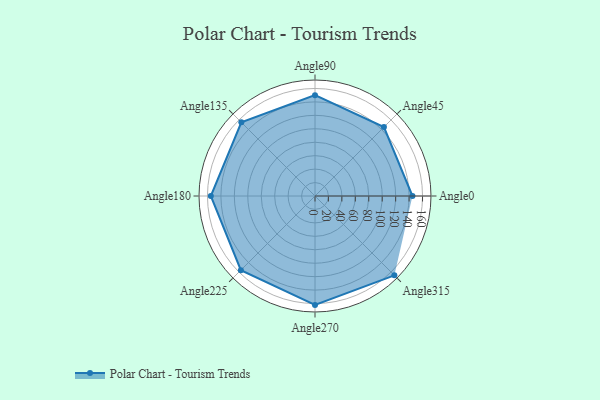
{"axis": {"x": "Angle", "y": "Radius"}, "legend": [""], "data": [{"x": "Angle0", "y": 145.0, "type": ""}, {"x": "Angle45", "y": 145.0, "type": ""}, {"x": "Angle90", "y": 150.0, "type": ""}, {"x": "Angle135", "y": 155.0, "type": ""}, {"x": "Angle180", "y": 155.0, "type": ""}, {"x": "Angle225", "y": 156.0, "type": ""}, {"x": "Angle270", "y": 162.0, "type": ""}, {"x": "Angle315", "y": 167.0, "type": ""}]}